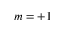
m = + 1